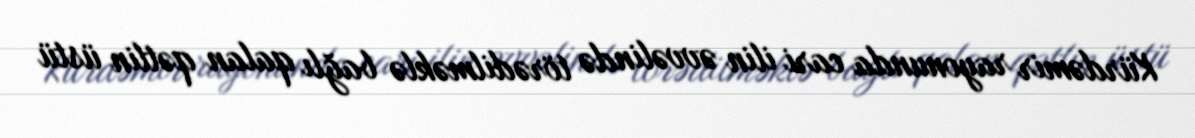
Kürdəmir rayonunda cari ilin əvvəlində törədilməklə bağlı qalan qətlin üstü